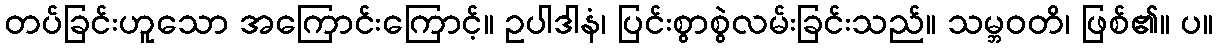
တပ်ခြင်းဟူသော အကြောင်းကြောင့်။ ဥပါဒါနံ၊ ပြင်းစွာစွဲလမ်းခြင်းသည်။ သမ္ဘဝတိ၊ ဖြစ်၏။ ပ။